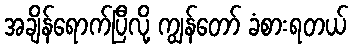
အချိန်ရောက်ပြီလို့ ကျွန်တော် ခံစားရတယ်